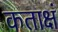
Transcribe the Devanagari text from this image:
कताक्षं